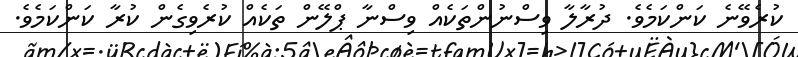
ކުރެވޭނެ ކަންކަމެވެ. ދުރާލާ ވިސްނުންތަކެއް ވިސްނާ ޕްލޭން ތަކެއް ކުރެވިގެން ކުރާ ކަންކަމެވެ.